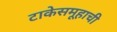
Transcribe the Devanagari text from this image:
टाकेसमूहाची